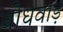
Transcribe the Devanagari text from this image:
बोधवाड़